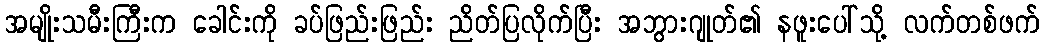
အမျိုးသမီးကြီးက ခေါင်းကို ခပ်ဖြည်းဖြည်း ညိတ်ပြလိုက်ပြီး အဘွားဂျုတ်၏ နဖူးပေါ်သို့ လက်တစ်ဖက်